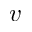
v